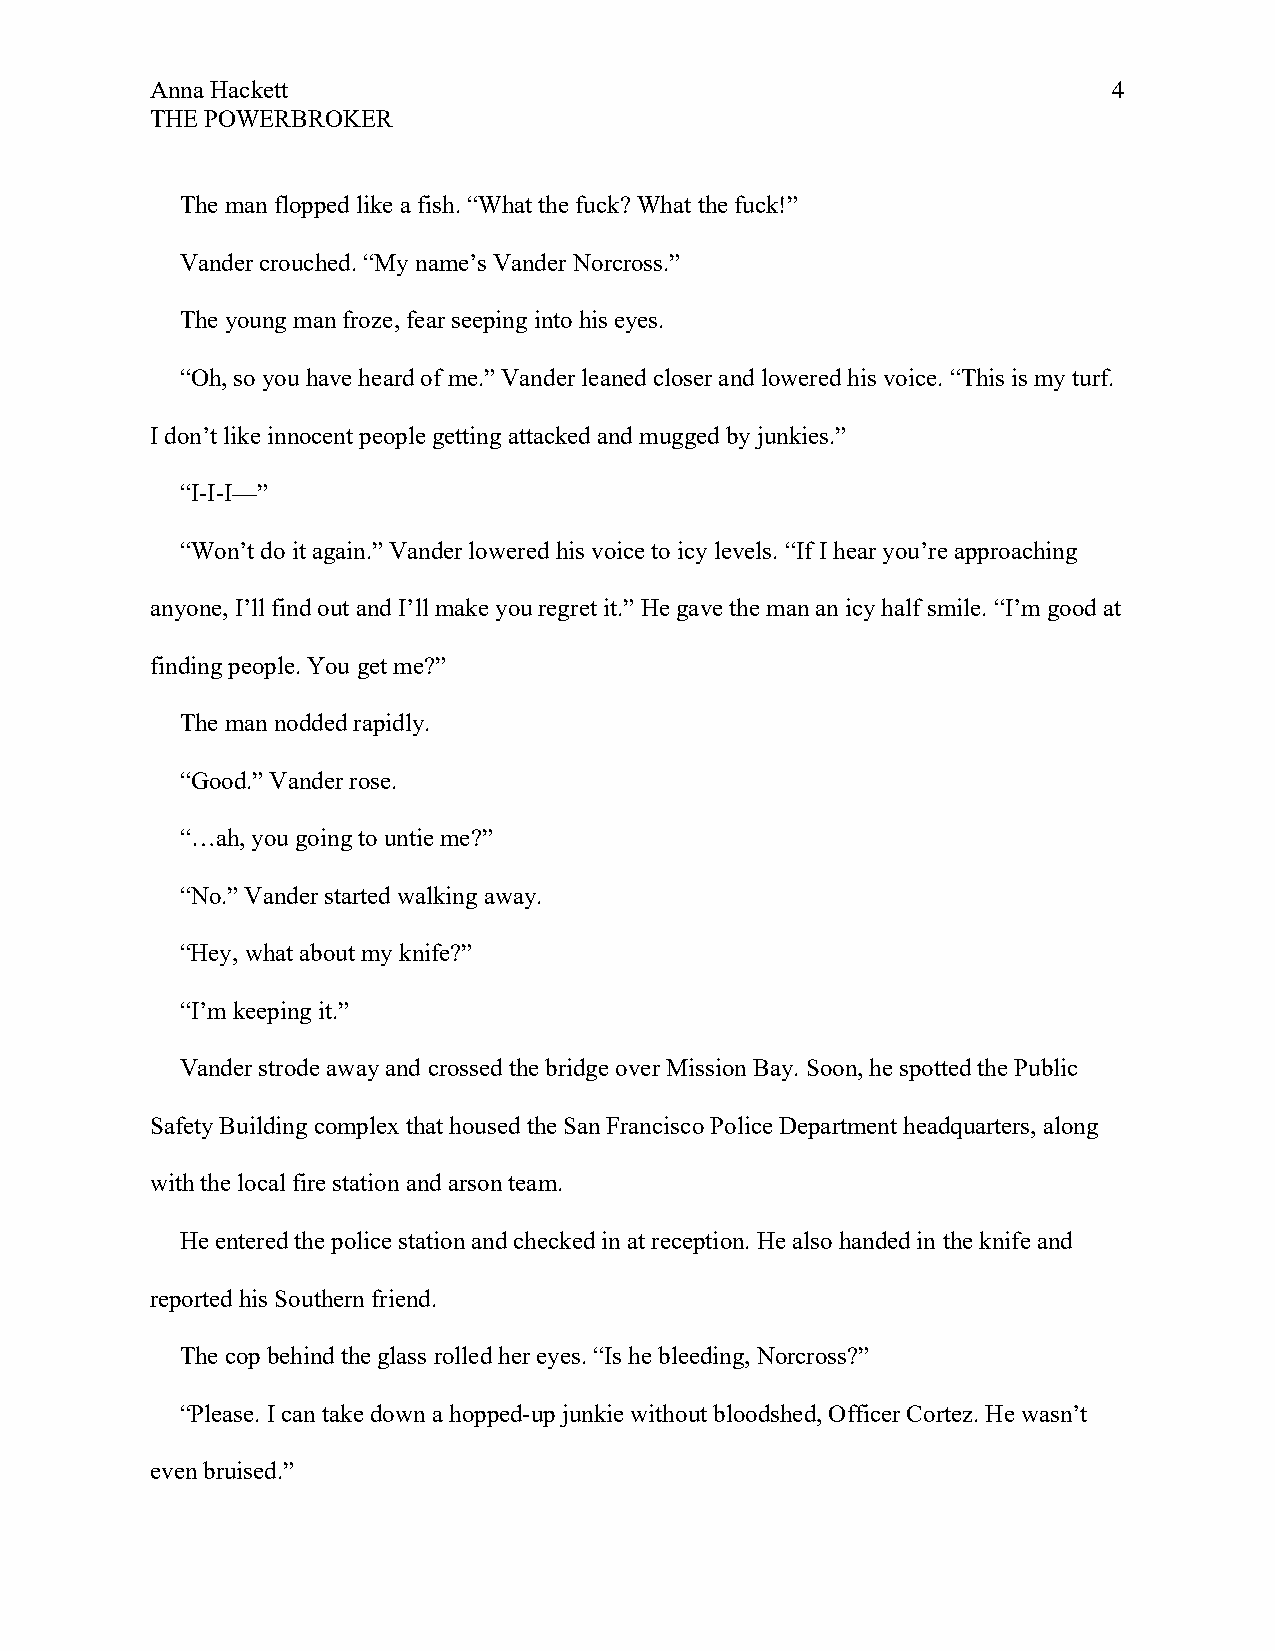
Anna Hackett                                                    4
 THE POWERBROKER
 The man flopped like a fish. “What the fuck? What the fuck!”
 Vander crouched. “My name’s Vander Norcross.”
 The young man froze, fear seeping into his eyes.
 “Oh, so you have heard of me.” Vander leaned closer and lowered his voice. “This is my turf.
 I don’t like innocent people getting attacked and mugged by junkies.”
 “I-I-I—”
 “Won’t do it again.” Vander lowered his voice to icy levels. “If I hear you’re approaching
 anyone, I’ll find out and I’ll make you regret it.” He gave the man an icy half smile. “I’m good at
 finding people. You get me?”
 The man nodded rapidly.
 “Good.” Vander rose.
 “…ah, you going to untie me?”
 “No.” Vander started walking away.
 “Hey, what about my knife?”
 “I’m keeping it.”
 Vander strode away and crossed the bridge over Mission Bay. Soon, he spotted the Public
 Safety Building complex that housed the San Francisco Police Department headquarters, along
 with the local fire station and arson team.
 He entered the police station and checked in at reception. He also handed in the knife and
 reported his Southern friend.
 The cop behind the glass rolled her eyes. “Is he bleeding, Norcross?”
 “Please. I can take down a hopped-up junkie without bloodshed, Officer Cortez. He wasn’t
 even bruised.”